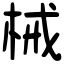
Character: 械